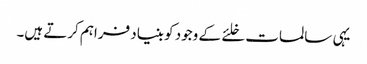
یہی سالمات خلئے کے وجود کو بنیاد فراہم کرتے ہیں۔